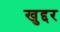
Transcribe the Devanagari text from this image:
खुद्दर